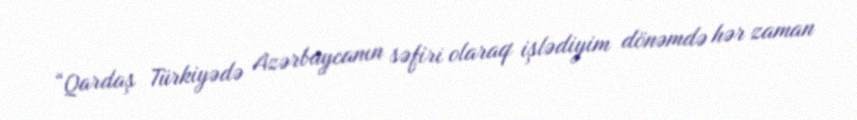
“Qardaş Türkiyədə Azərbaycanın səfiri olaraq işlədiyim dönəmdə hər zaman